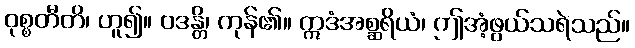
ဝုစ္စတီတိ၊ ဟူ၍။ ဝဒန္တိ၊ ကုန်၏။ ဣဒံအစ္ဆရိယံ၊ ဤအံ့ဖွယ်သရဲသည်။